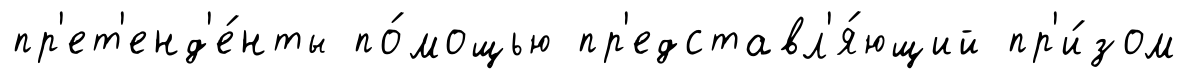
пр'ет'енд'е́нты по́мощью пр'едставл'я́ющий пр'и́зом